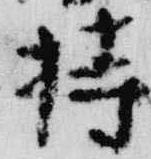
持